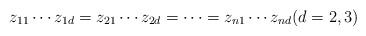
LaTeX: \begin{align*}z_{11}\cdots z_{1d}=z_{21}\cdots z_{2d}=\cdots =z_{n1}\cdots z_{nd}(d=2,3)\end{align*}